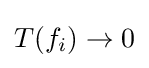
T(f_{i})\to 0